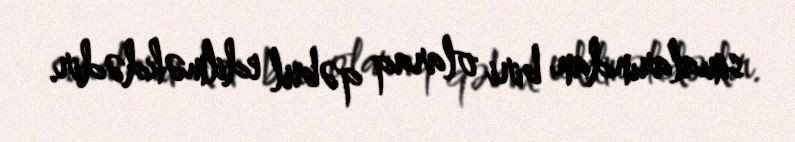
simalarından biri olaraq qəbul edilməkdədir.